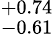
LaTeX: ^{+0.74}_{-0.61}